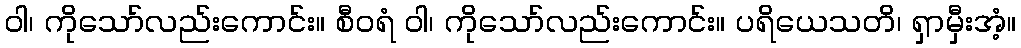
ဝါ၊ ကိုသော်လည်းကောင်း။ စီဝရံ ဝါ၊ ကိုသော်လည်းကောင်း။ ပရိယေသတိ၊ ရှာမှီးအံ့။